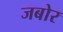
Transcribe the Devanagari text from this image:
जबोर